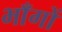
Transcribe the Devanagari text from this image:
भाँगों